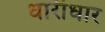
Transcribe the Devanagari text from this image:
धारीधार